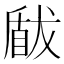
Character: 瞂